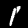
Label: 1